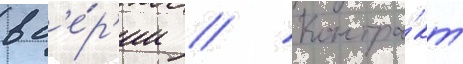
в с'е́р'ии // Контра́кт